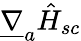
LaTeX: \underline{{\nabla}}_{a}\hat{H}_{sc}